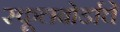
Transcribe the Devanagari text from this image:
स्कूलबोर्डाचे